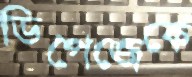
ডিপেজেকে